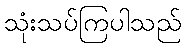
သုံးသပ်ကြပါသည်